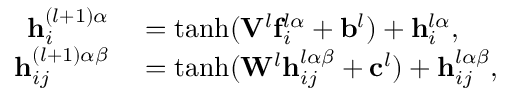
\begin{array} { r l } { \mathbf { h } _ { i } ^ { ( l + 1 ) \alpha } } & { { } = \operatorname { t a n h } ( \mathbf { V } ^ { l } \mathbf { f } _ { i } ^ { l \alpha } + \mathbf { b } ^ { l } ) + \mathbf { h } _ { i } ^ { l \alpha } , } \\ { \mathbf { h } _ { i j } ^ { ( l + 1 ) \alpha \beta } } & { { } = \operatorname { t a n h } ( \mathbf { W } ^ { l } \mathbf { h } _ { i j } ^ { l \alpha \beta } + \mathbf { c } ^ { l } ) + \mathbf { h } _ { i j } ^ { l \alpha \beta } , } \end{array}